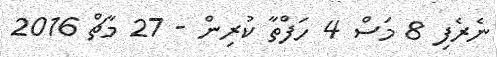
ނެރެފި 8 މަސް 4 ހަފްތާ ކުރިން - 27 މާޗް 2016